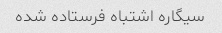
سیگاره اشتباه فرستاده شده